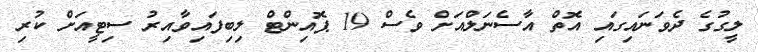
ލީގުގެ ދެވަނައިގައި އޮތް އާސެނަލްއަށް ވެސް 19 ޕޮއިންޓް ލިބިފައިވާއިރު ސިޓީއަށް ކުރި